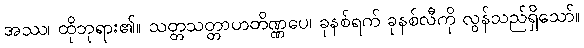
အဿ၊ ထိုဘုရား၏။ သတ္တသတ္တာဟတိဏ္ဏပေ၊ ခုနစ်ရက် ခုနစ်လီကို လွန်သည်ရှိသော်။